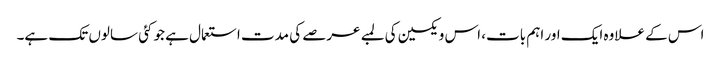
اس کے علاوہ ایک اور اہم بات، اس ویکسین کی لمبے عرصے کی مدت استعمال ہے جو کئی سالوں تک ہے۔